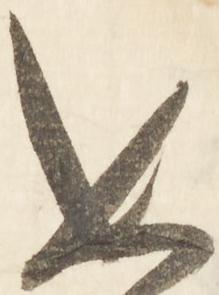
如